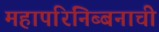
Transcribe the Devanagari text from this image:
महापरिनिब्बनाची